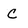
Character: C